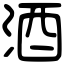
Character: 酒